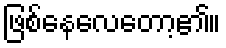
ဖြစ်နေလေတော့၏။